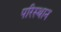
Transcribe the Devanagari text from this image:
परिस्थान